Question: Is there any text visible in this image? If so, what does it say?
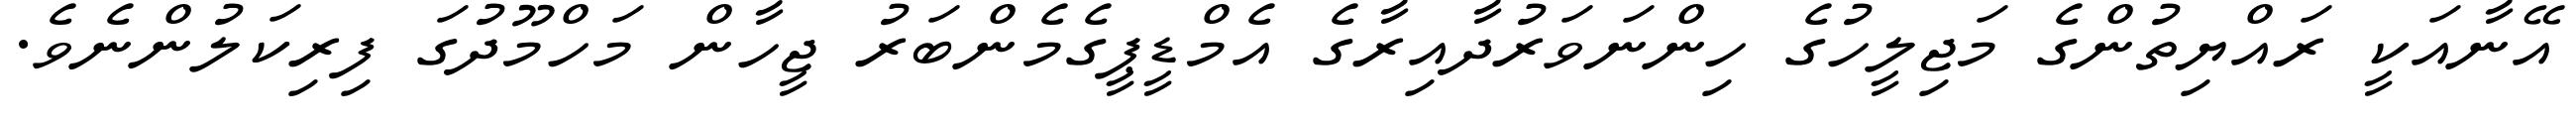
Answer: އޭނާއަކީ ރައްޔިތުންގެ މަޖިލީހުގެ ހިންނަވަރުދާއިރާގެ އެމްޑީޕީގެމެންބަރު ޖީހާން މަހްމޫދުގަ ފިރިކަލުންނެވެ.